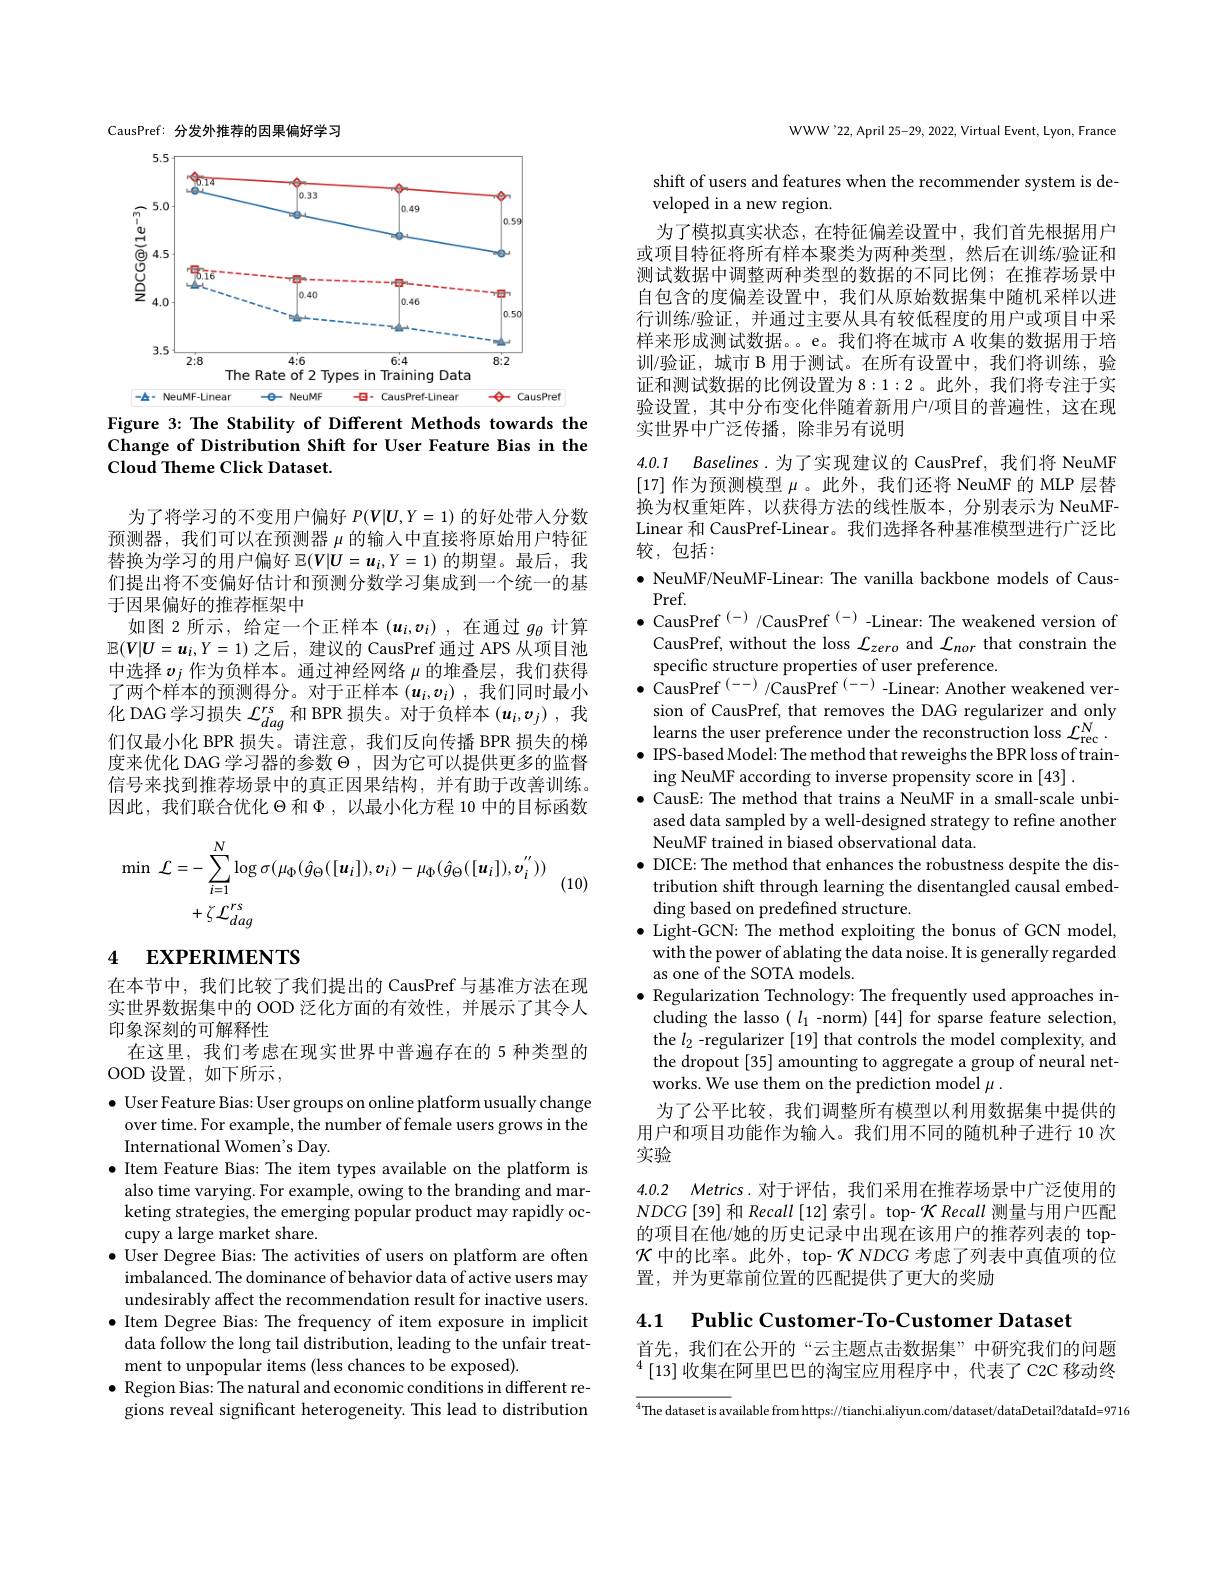
CausPref: 分发外推荐的因果偏好学习

<FigureHere>
Figure 3: The Stability of Different Methods towards the

Change of Distribution Shift for User Feature Bias in the
Cloud Theme Click Dataset.

为了将学习的不变用户偏好$P(\boldsymbol{V}|\boldsymbol{U},Y=1)$的好处带入分数预测器，我们可以在预测器$\mu$的输入中直接将原始用户特征替换为学习的用户偏好$\mathbb{E}(V|U=\boldsymbol{u}_i,Y=1)$的期望。最后，我们提出将不变偏好估计和预测分数学习集成到一个统一的基于因果偏好的推荐框架中
如图 2 所示，给定一个正样本$(\boldsymbol u_i,v_i)$ ,在通过$g_\theta$计算$\mathbb{E}(V|U=u_i,Y=1)$之后 , 建议的 CausPref 通过 APS 从项目池中选择$v_j$作为负样本。通过神经网络$\mu$的堆叠层，我们获得了两个样本的预测得分。对于正样本($u_i,v_i)$ ,我们同时最小化 DAG 学习损失$\mathcal{L}_dag^rs$和 BPR 损失。对于负样本$(u_i,v_j)$,我们仅最小化 BPR 损失。请注意，我们反向传播 BPR 损失的梯度来优化 DAG 学习器的参数$\Theta$,因为它可以提供更多的监督信号来找到推荐场景中的真正因果结构，并有助于改善训练。因此，我们联合优化$\Theta$和$\Phi$,以最小化方程 10 中的目标函数
$$\begin{aligned}\operatorname*{min}\:\mathcal{L}&=-\sum_{i=1}^{N}\log\sigma(\mu_{\Phi}(\hat{g}_{\Theta}([u_{i}]),v_{i})-\mu_{\Phi}(\hat{g}_{\Theta}([u_{i}]),v_{i}^{''}))\\&+\zeta\:\mathcal{L}_{dag}^{rs}\end{aligned}$$
(10)

# 4 EXPERIMENTS

在本节中，我们比较了我们提出的 CausPref 与基准方法在现实世界数据集中的 OOD 泛化方面的有效性，并展示了其令人印象深刻的可解释性
在这里，我们考虑在现实世界中普遍存在的 5 种类型的
OOD 设置，如下所示，
$\bullet$ User Feature Bias: User groups on online platform usually change
over time. For example, the number of female users grows in the
International Women's Day.
$\bullet$ Item Feature Bias: The item types available on the platform is
also time varying. For example, owing to the branding and marketing strategies, the emerging popular product may rapidly occupy a large market share.
$\bullet$ User Degree Bias: The activities of users on platform are often
imbalanced. The dominance of behavior data of active users may undesirably affect the recommendation result for inactive users.
$\bullet$ Item Degree Bias: The frequency of item exposure in implicit data follow the long tail distribution, leading to the unfair treatment to unpopular items (less chances to be exposed).
$\bullet$ Region Bias: The natural and economic conditions in different regions reveal significant heterogeneity. This lead to distribution

WWW'22,April 25-29, 2022, Virtual Event, Lyon, France

shift of users and features when the recommender system is de-
veloped in a new region.
为了模拟真实状态，在特征偏差设置中，我们首先根据用户或项目特征将所有样本聚类为两种类型，然后在训练/验证和测试数据中调整两种类型的数据的不同比例；在推荐场景中自包含的度偏差设置中，我们从原始数据集中随机采样以进行训练/验证，并通过主要从具有较低程度的用户或项目中采样来形成测试数据。。e。我们将在城市 A 收集的数据用于培训/验证，城市 B 用于测试。在所有设置中，我们将训练，验证和测试数据的比例设置为 8:1:2。此外，我们将专注于实验设置，其中分布变化伴随着新用户/项目的普遍性，这在现实世界中广泛传播，除非另有说明

4.0.1 Baselines.为了实现建议的 CausPref, 我们将 NeuMF [17]作为预测模型$\mu$。此外，我们还将 NeuMF 的 MLP 层替换为权重矩阵，以获得方法的线性版本，分别表示为 NeuMFLinear 和 CausPref-Linear。我们选择各种基准模型进行广泛比较，包括：

$\bullet$ NeuMF/NeuMF-Linear: The vanilla backbone models of Caus-
Pref.
$\bullet$ CausPref $^{(-)}$ /CausPref $^{(-)}$ -Linear: The weakened version of

CausPref, without the loss $\mathcal{L}_zero$ and $\mathcal{L}_nor$ that constrain the
specific structure properties of user preference.
$\bullet$ CausPref $^(--)/$CausPref $^{(--)}$ -Linear: Another weakened ver-
sion of CausPref, that removes the DAG regularizer and only learns the user preference under the reconstruction loss $\mathcal{L}_\mathrm{rec}^{N}.$ $\bullet$ IPS-based Model: The method that reweighs the BPR loss of training NeuMF according to inverse propensity score in [43] .
$\bullet$ CausE: The method that trains a NeuMF in a small-scale unbi-
ased data sampled by a well-designed strategy to refine another
NeuMF trained in biased observational data
$\bullet$ DICE: The method that enhances the robustness despite the distribution shift through learning the disentangled causal embedding based on predefined structure.
$\bullet$ Light-GCN: The method exploiting the bonus of GCN model, with the power of ablating the data noise. It is generally regarded as one of the SOTA models.
$\bullet$ Regularization Technology: The frequently used approaches in-
cluding the lasso $(l_1$ -norm) [44] for sparse feature selection, the $l_2$ -regularizer [19] that controls the model complexity, and the dropout [35] amounting to aggregate a group of neural networks. We use them on the prediction model $\mu.$
为了公平比较，我们调整所有模型以利用数据集中提供的用户和项目功能作为输人。我们用不同的随机种子进行 10 次实验
4.0.2 Metrics.对于评估，我们采用在推荐场景中广泛使用的$NDCG\left[39\right]$和 Recall [12]索引。top- $\mathcal{K}$ Recall 测量与用户匹配的项目在他/她的历史记录中出现在该用户的推荐列表的 top- $\mathcal{K}$中的比率。此外，top-$\mathcal{K}$ NDCG 考虑了列表中真值项的位

置，并为更靠前位置的匹配提供了更大的奖励

4.1

Public Customer-To-Customer Dataset

首先，我们在公开的“云主题点击数据集”中研究我们的问题$^{4}\left[13\right]收集在阿里巴巴的淘宝应用程序中，代表了C2C移动终$
$$\overline{^4\text{The dataset is av}}$ailable from https://tianchi.aliyun.com/dataset/dataDetail?dataId=9716}$